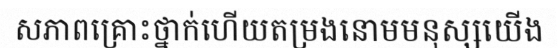
សភាពគ្រោះថ្នាក់ហើយតម្រងនោមមនុស្សយើង